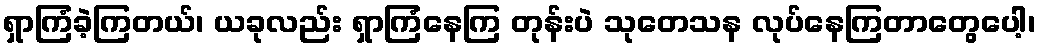
ရှာကြံခဲ့ကြတယ်၊ ယခုလည်း ရှာကြံနေကြ တုန်းပဲ သုတေသန လုပ်နေကြတာတွေပေါ့၊